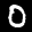
Label: 0